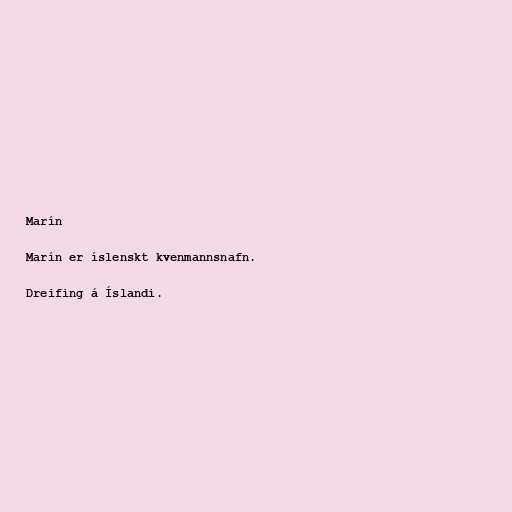
Marín

Marín er íslenskt kvenmannsnafn.

Dreifing á Íslandi.